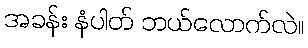
အခန်း နံပါတ် ဘယ်လောက်လဲ။